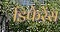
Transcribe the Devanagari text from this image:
डिफेरेंस